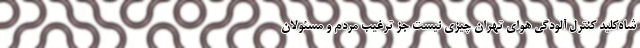
شاه‌کلید کنترل آلودگی هوای تهران چیزی نیست جز ترغیب مردم و مسئولان